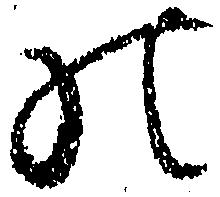
の